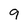
Character: 9